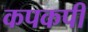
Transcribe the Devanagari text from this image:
कपकपी